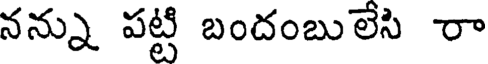
నన్ను పట్టి బందంబులేసి రా